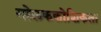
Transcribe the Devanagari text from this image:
गोलककोशिकता